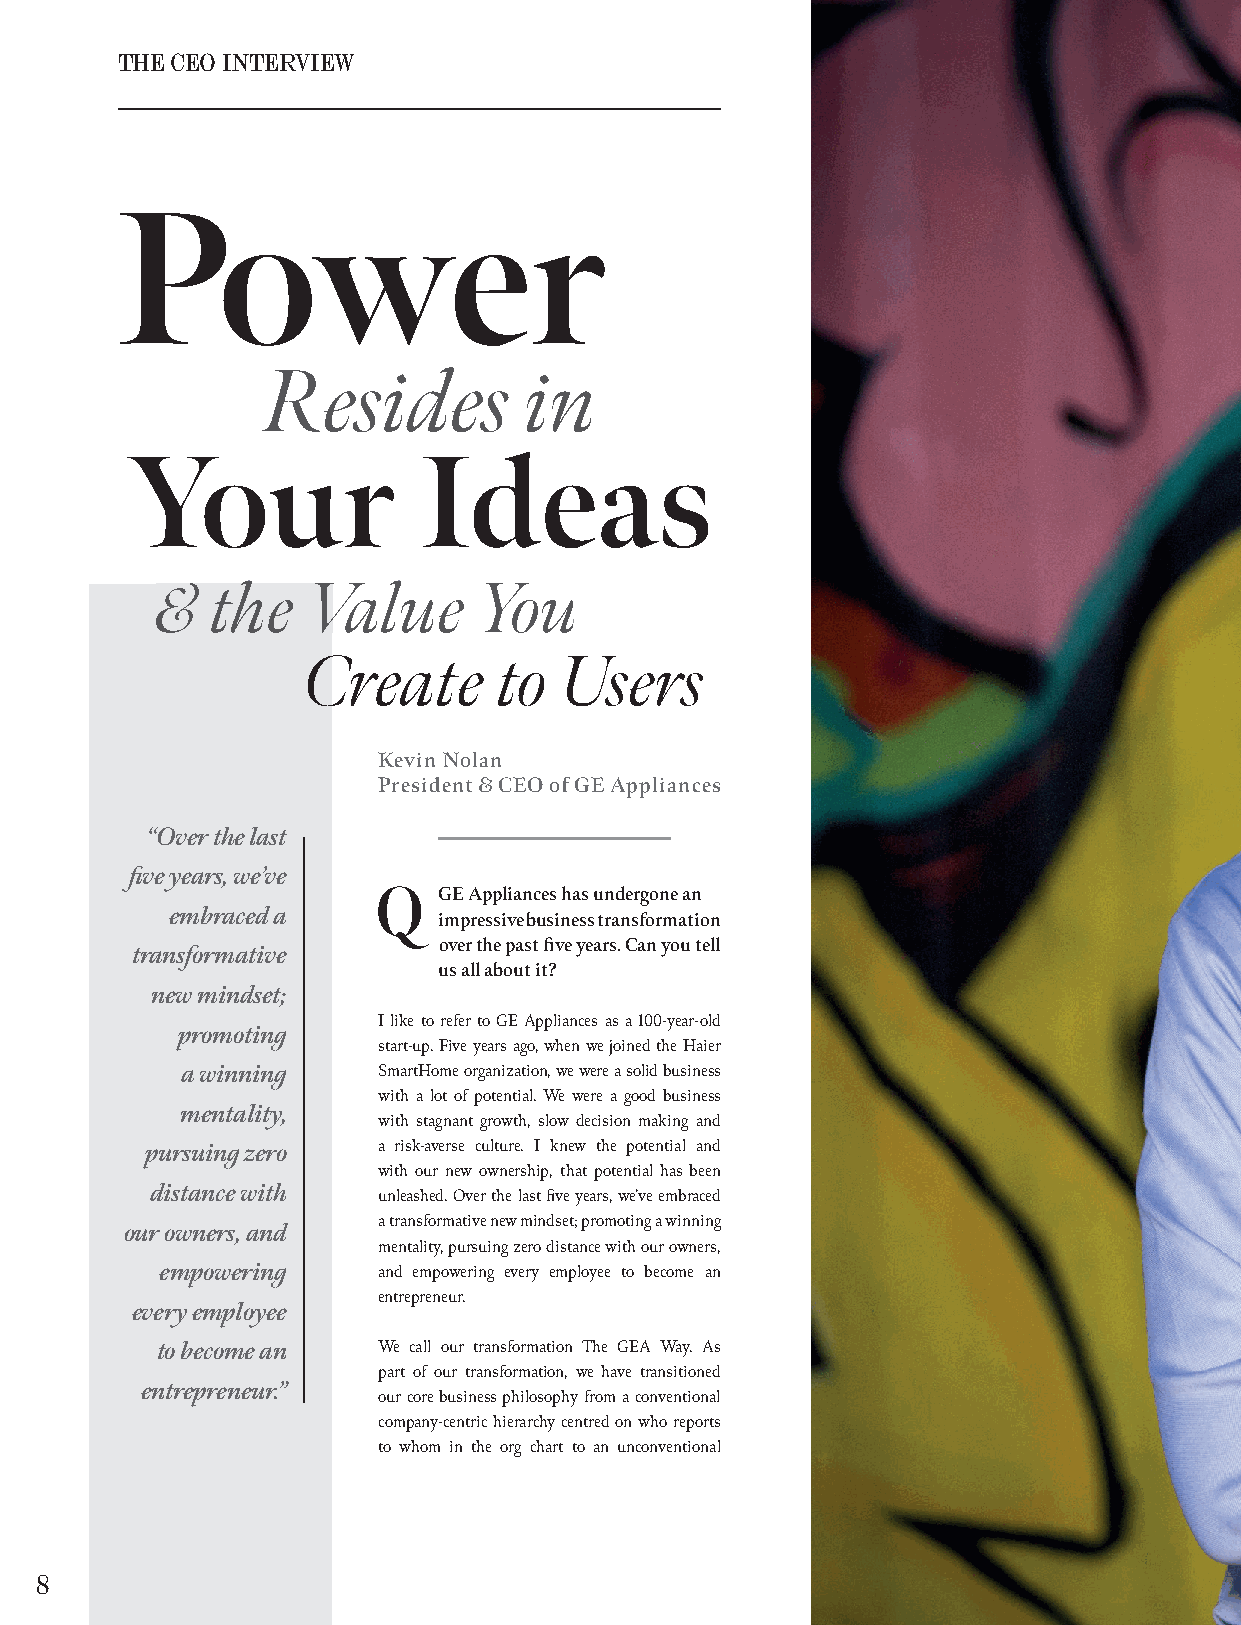
THE CEO INTERVIEW
 Power
 Resides          in
 Your                Ideas
 &&  tthhee VVaalluuee YYoouu
 Create       to  Users
 Kevin Nolan
 President & CEO of GE Appliances
 “Over the last
 fi ve years, weʼve
 GE Appliances has undergone an
 embraced a        impressive business transformation
 over the past fi ve years. Can you tell
 transformative
 us all about it?
 new mindset;
 I like to refer to GE Appliances as a 100-year-old
 promoting
 start-up. Five years ago, when we joined the Haier
 a winning    SmartHome organization, we were a solid business
 with a lot of potential. We were a good business
 mentality,
 with stagnant growth, slow decision making and
 pursuing zero  a risk-averse culture. I knew the potential and
 with our new ownership, that potential has been
 distance with  unleashed. Over the last fi ve years, we’ve embraced
 a transformative new mindset; promoting a winning
 our owners, and
 mentality, pursuing zero distance with our owners,
 empowering    and empowering every employee to become an
 entrepreneur.
 every employee
 to become an   We call our transformation The GEA Way. As
 part of our transformation, we have transitioned
 entrepreneur.”
 our core business philosophy from a conventional
 company-centric hierarchy centred on who reports
 to whom in the org chart to an unconventional
 8